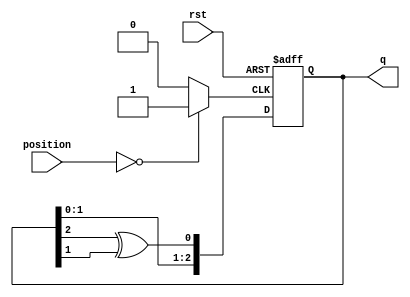
module LFSR(
	q,
	position,
	rst
    );
	
	output reg [2:0]q;
	input [8:0]position;
	input rst;
	
	wire tmp;
	reg pulse;
	
	assign tmp = q[2]^q[1];
	
	always@*
	   if(position == 8'b0)
	       pulse = 1'b1;
	   else pulse = 1'b0;
	
	always@(posedge pulse or posedge rst)
	   if(rst)
	   begin
          q[0] <= 1'b1;
          q[1] <= 1'b1;
          q[2] <= 1'b1;
       end
	   else
	   begin
	       q[0] <= tmp;
		   q[1] <= q[0];
		   q[2] <= q[1];
	   end
		
endmodule